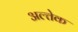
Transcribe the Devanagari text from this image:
अल्तेक